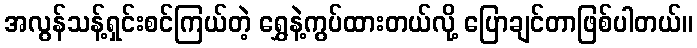
အလွန်သန့်ရှင်းစင်ကြယ်တဲ့ ရွှေနဲ့ကွပ်ထားတယ်လို့ ပြောချင်တာဖြစ်ပါတယ်။